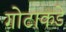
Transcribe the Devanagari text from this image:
गोटाकडे